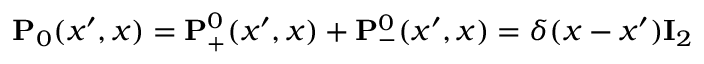
\ensuremath { \mathbf { P } } _ { 0 } ( x ^ { \prime } , x ) = \ensuremath { \mathbf { P } } _ { + } ^ { 0 } ( x ^ { \prime } , x ) + \ensuremath { \mathbf { P } } _ { - } ^ { 0 } ( x ^ { \prime } , x ) = \delta ( x - x ^ { \prime } ) \ensuremath { \mathbf { I } } _ { 2 }